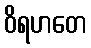
ဝိရဟတေ